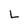
Character: L